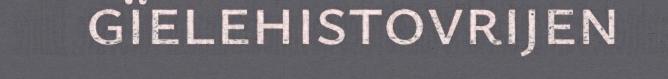
gïelehistovrijen